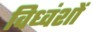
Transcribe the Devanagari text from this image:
विध्वंशों